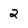
Character: 2